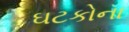
ઘટકોના